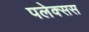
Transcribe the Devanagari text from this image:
पलेक्सस